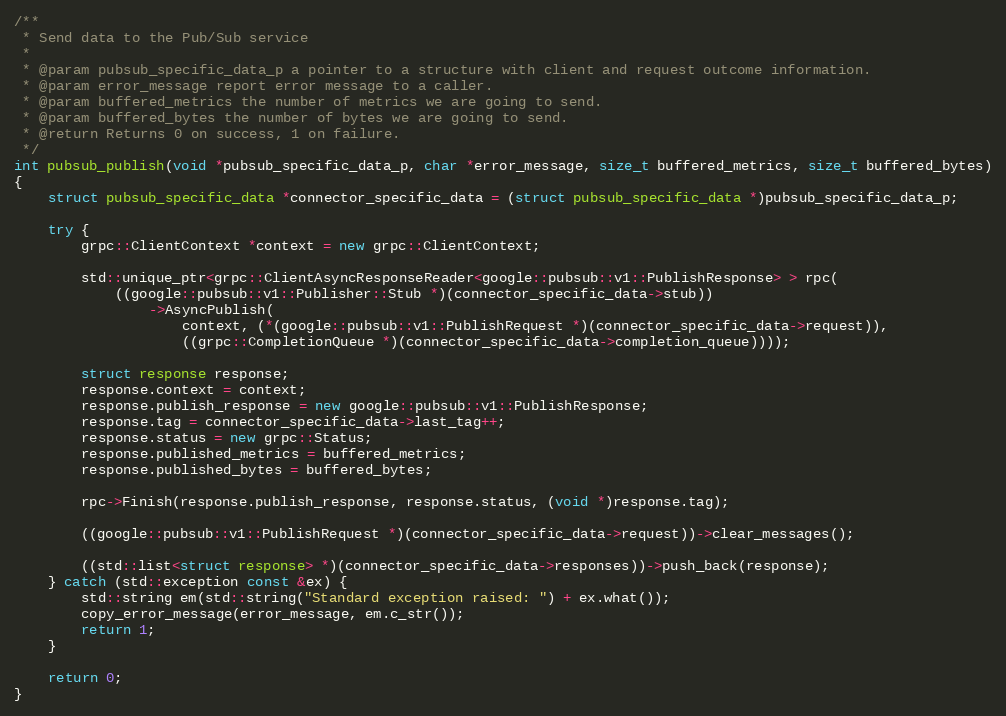
Language: C++
/**
 * Send data to the Pub/Sub service
 *
 * @param pubsub_specific_data_p a pointer to a structure with client and request outcome information.
 * @param error_message report error message to a caller.
 * @param buffered_metrics the number of metrics we are going to send.
 * @param buffered_bytes the number of bytes we are going to send.
 * @return Returns 0 on success, 1 on failure.
 */
int pubsub_publish(void *pubsub_specific_data_p, char *error_message, size_t buffered_metrics, size_t buffered_bytes)
{
    struct pubsub_specific_data *connector_specific_data = (struct pubsub_specific_data *)pubsub_specific_data_p;

    try {
        grpc::ClientContext *context = new grpc::ClientContext;

        std::unique_ptr<grpc::ClientAsyncResponseReader<google::pubsub::v1::PublishResponse> > rpc(
            ((google::pubsub::v1::Publisher::Stub *)(connector_specific_data->stub))
                ->AsyncPublish(
                    context, (*(google::pubsub::v1::PublishRequest *)(connector_specific_data->request)),
                    ((grpc::CompletionQueue *)(connector_specific_data->completion_queue))));

        struct response response;
        response.context = context;
        response.publish_response = new google::pubsub::v1::PublishResponse;
        response.tag = connector_specific_data->last_tag++;
        response.status = new grpc::Status;
        response.published_metrics = buffered_metrics;
        response.published_bytes = buffered_bytes;

        rpc->Finish(response.publish_response, response.status, (void *)response.tag);

        ((google::pubsub::v1::PublishRequest *)(connector_specific_data->request))->clear_messages();

        ((std::list<struct response> *)(connector_specific_data->responses))->push_back(response);
    } catch (std::exception const &ex) {
        std::string em(std::string("Standard exception raised: ") + ex.what());
        copy_error_message(error_message, em.c_str());
        return 1;
    }

    return 0;
}